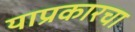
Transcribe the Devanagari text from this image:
याप्रकारचा